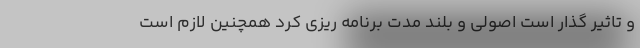
و تاثیر گذار است اصولی و بلند مدت برنامه ریزی کرد همچنین لازم است